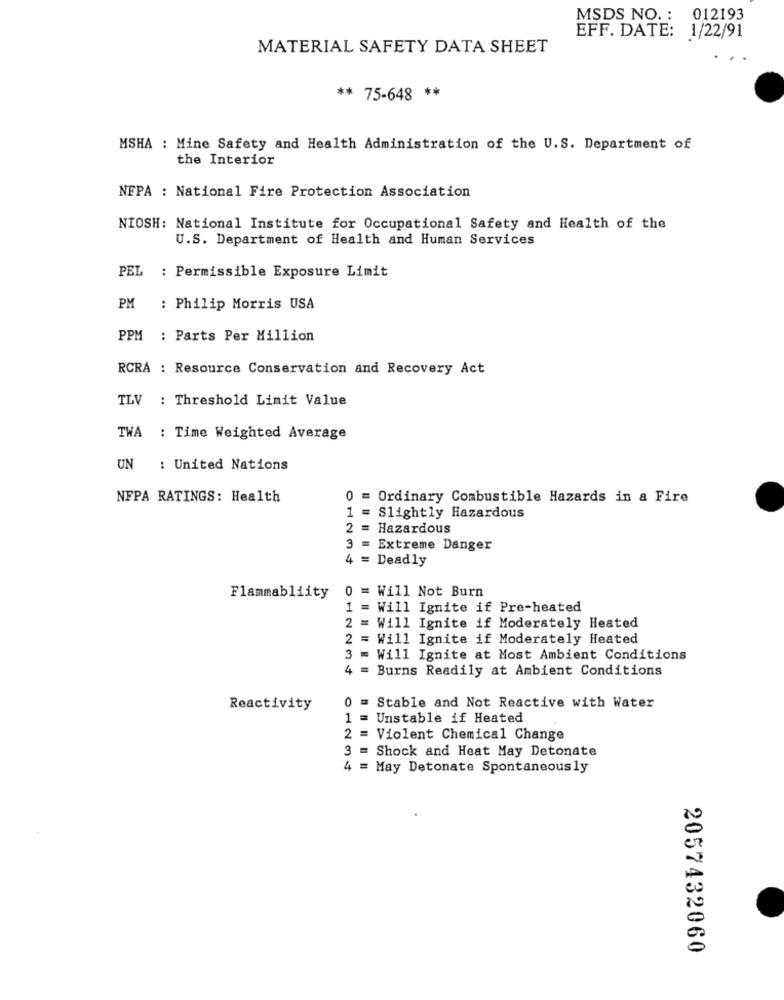
MSDS NO. : 012193
EFF. DATE: 1/22/91
MATERIAL SAFETY DATA SHEET
** 75-648 **
MSHA : Mine Safety and Health Administration of the U.S. Department of
the Interior
NFPA : National Fire Protection Association
NIOSH: National Institute for Occupational Safety and Health of the
U.S. Department of Health and Human Services
PEL
: Permissible Exposure Limit
PM
: Philip Morris USA
PPM : Parts Per Million
RCRA : Resource Conservation and Recovery Act
TLV : Threshold Limit Value
TWA : Time Weighted Average
UN : United Nations
NFPA RATINGS: Health
0 = Ordinary Combustible Hazards in a Fire
1 = Slightly Hazardous
= Hazardous
3 = Extreme Danger
4 = Deadly
0 = Will Not Burn
Flammabliity
1 = Will Ignite if Pre-heated
2 = Will Ignite if Moderately Heated
2 = Will Ignite if Moderately Heated
= Will Ignite at Most Ambient Conditions
234
Burns Readily at Ambient Conditions
Reactivity
0 = Stable and Not Reactive with Water
1 =
Unstable if Heated
2 =
Violent Chemical Change
3 =
Shock and Heat May Detonate
4 = May Detonate Spontaneously
2057432060